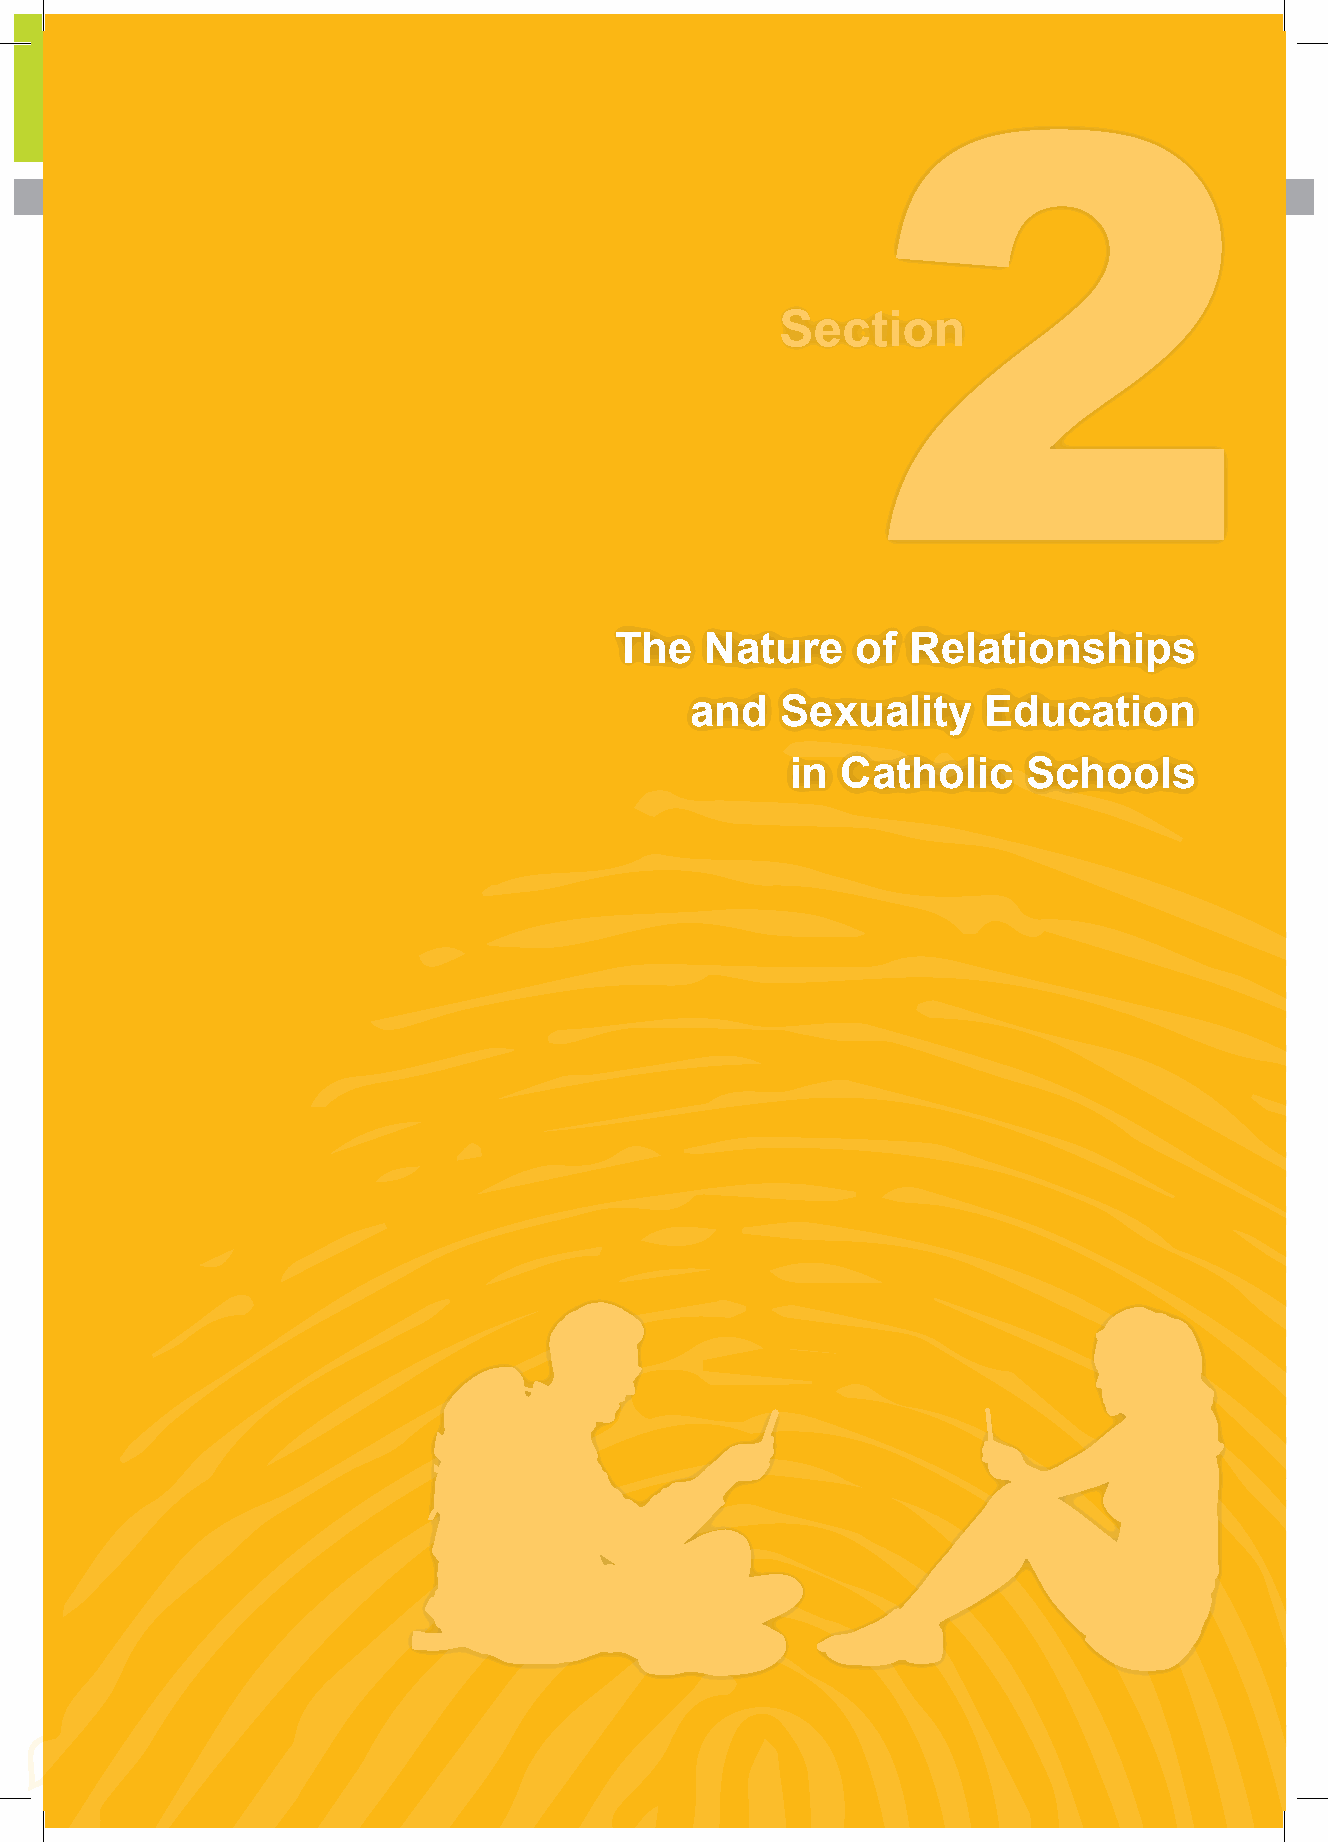
Section
 The   Nature    of Relationships
 and   Sexuality    Education
 in  Catholic    Schools
 14 Shape Paper - A Catholic Perspective on Relationships and Sexuality Education - Australian Curriculum: Health and Physical Education 15